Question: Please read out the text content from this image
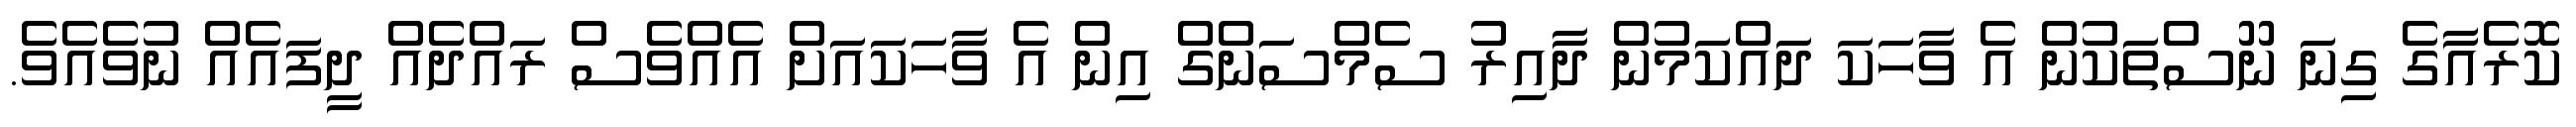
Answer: ކޮރެއާގެ ގިނަ ނޫސްތަކުން އެ ވާހަކަ ދައްކަމުން ދާއިރު ސެމްސަންގް އިން އެ ވާހަކައަށް އެއްވެސް ރައްދެއް ދީފައެއް ނުވެއެވެ.